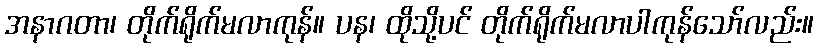
အနာဂတာ၊ တိုက်ရိုက်မလာကုန်။ ပန၊ ထိုသို့ပင် တိုက်ရိုက်မလာပါကုန်သော်လည်း။